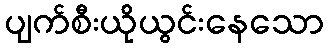
ပျက်စီးယိုယွင်းနေသော